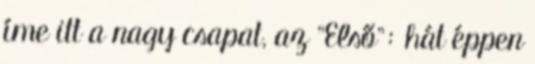
íme itt a nagy csapat, az "Első": hát éppen